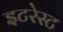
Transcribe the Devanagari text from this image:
इटरेस्‍ट